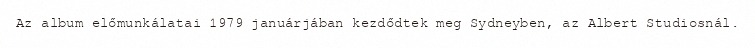
Az album előmunkálatai 1979 januárjában kezdődtek meg Sydneyben, az Albert Studiosnál.